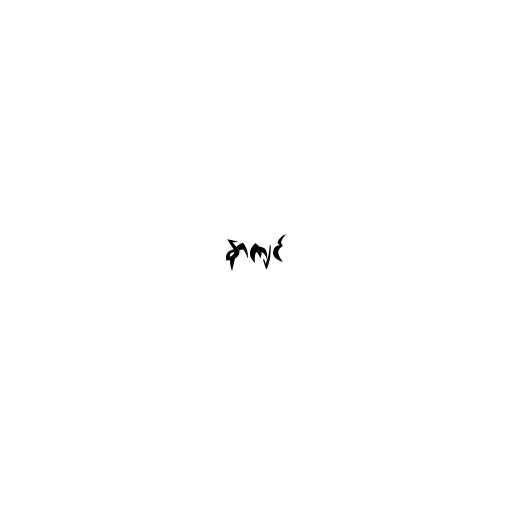
နာကျင်